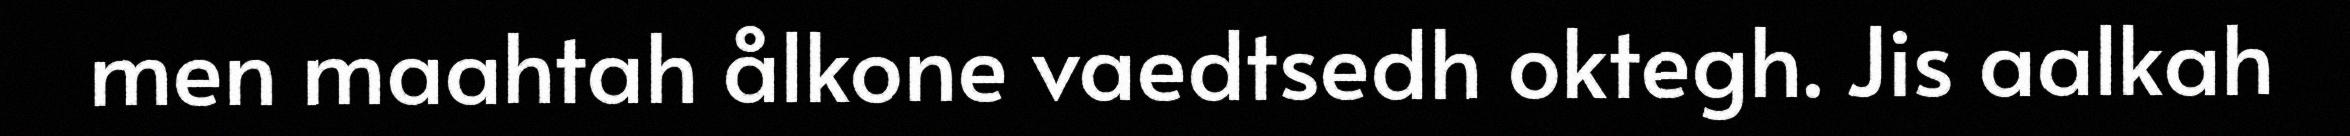
men maahtah ålkone vaedtsedh oktegh. Jis aalkah